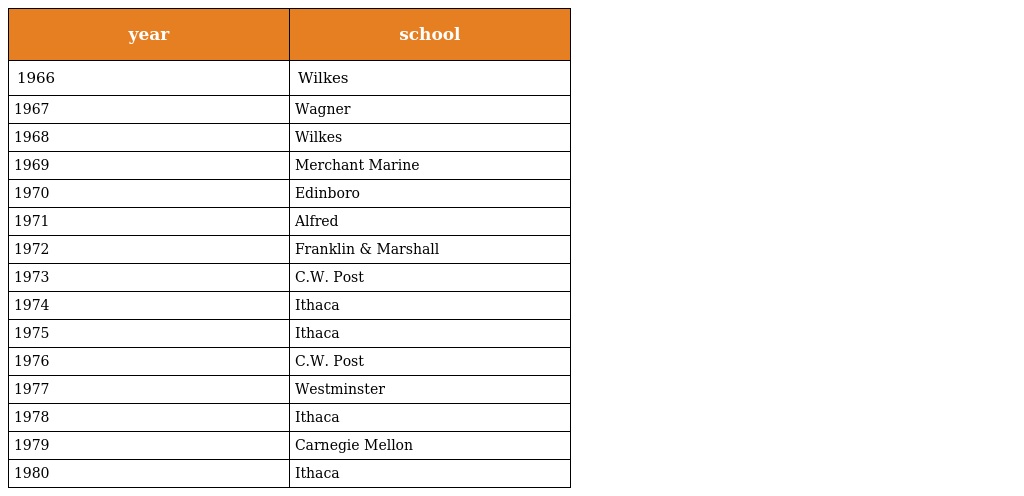
| year | school |
 | --- | --- |
 | 1966 | Wilkes |
 | 1967 | Wagner |
 | 1968 | Wilkes |
 | 1969 | Merchant Marine |
 | 1970 | Edinboro |
 | 1971 | Alfred |
 | 1972 | Franklin & Marshall |
 | 1973 | C.W. Post |
 | 1974 | Ithaca |
 | 1975 | Ithaca |
 | 1976 | C.W. Post |
 | 1977 | Westminster |
 | 1978 | Ithaca |
 | 1979 | Carnegie Mellon |
 | 1980 | Ithaca |